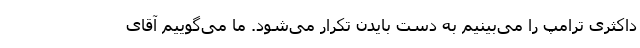
داکثری ترامپ را می‌بینیم به دست بایدن تکرار می‌شود. ما می‌گوییم آقای